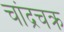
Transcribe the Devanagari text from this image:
चांद्रचक्र